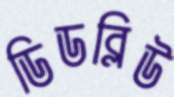
ডিডব্লিউ